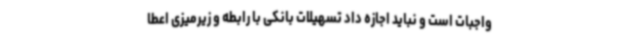
واجبات است و نباید اجازه داد تسهیلات بانکی با رابطه و زیرمیزی اعطا